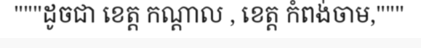
"""ដូចជា ខេត្ត កណ្តាល , ខេត្ត កំពង់ចាម,"""